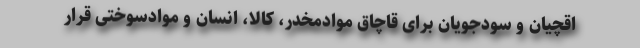
اقچیان و سودجویان برای قاچاق موادمخدر، کالا، انسان و موادسوختی قرار